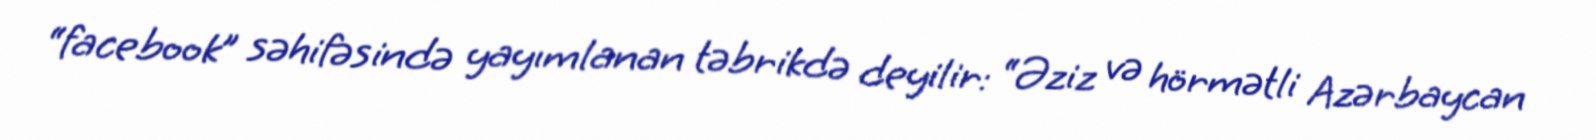
“facebook” səhifəsində yayımlanan təbrikdə deyilir: “Əziz və hörmətli Azərbaycan